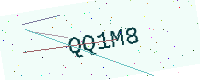
Text: QQ1M8